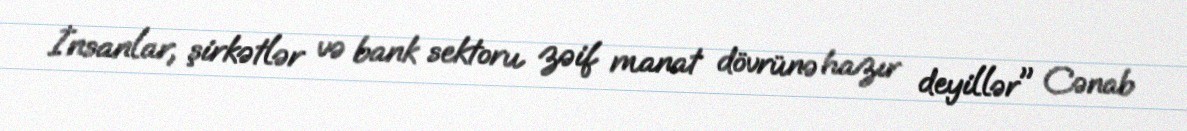
İnsanlar, şirkətlər və bank sektoru zəif manat dövrünə hazır deyillər" Cənab